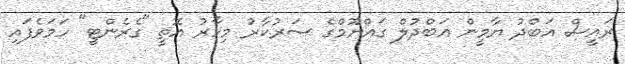
ރައީސް އަބްދު ޔާމީން އަބްދުލް ގައްޔޫމްގެ ސަރުކާރު މިހާރު އޮތީ "ގެރެންޓީ" ހަމަވެފައި